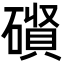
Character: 𮁃